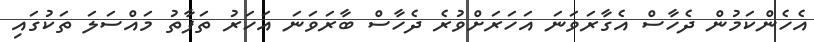
އެހެންކަމުން ދެހާސް އެގާރަވަނަ އަހަރަށްވުރެ ދެހާސް ބާރަވަނަ އަހަރު ތަފާތު މައްސަލަ ތަކުގައި